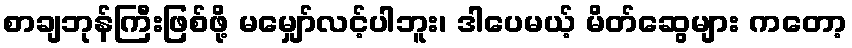
စာချဘုန်ကြီးဖြစ်ဖို့ မမျှော်လင့်ပါဘူး၊ ဒါပေမယ့် မိတ်ဆွေများ ကတော့